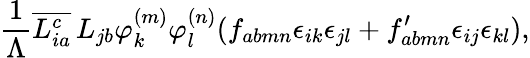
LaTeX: \frac{1}{\Lambda}\overline{{{L_{ia}^{c}}}}\, L_{jb}\varphi_{k}^{(m)}\varphi_{l}^{(n)}(f_{abmn}\epsilon_{ik}\epsilon_{jl}+f_{abmn}^{\prime}\epsilon_{ij}\epsilon_{kl}),